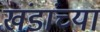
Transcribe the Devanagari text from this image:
खंडांच्‍या